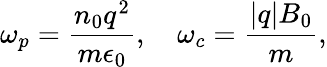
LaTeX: \omega_{p}=\frac{n_{0}q^{2}}{m\epsilon_{0}},\quad\omega_{c}=\frac{|q|B_{0}}{m},